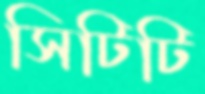
সিটিটি